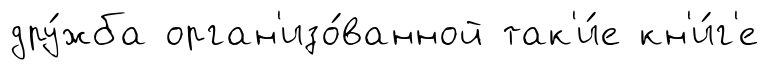
дру́жба орган'изо́ванной так'и́е кн'и́г'е